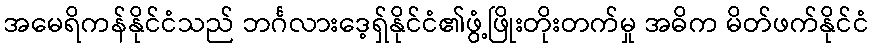
အမေရိကန်နိုင်ငံသည် ဘင်္ဂလားဒေ့ရှ်နိုင်ငံ၏ဖွံ့ဖြိုးတိုးတက်မှု အဓိက မိတ်ဖက်နိုင်ငံ